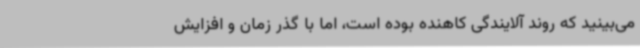
می‌بینید که روند آلایندگی کاهنده بوده است، اما با گذر زمان و افزایش